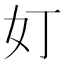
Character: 奵